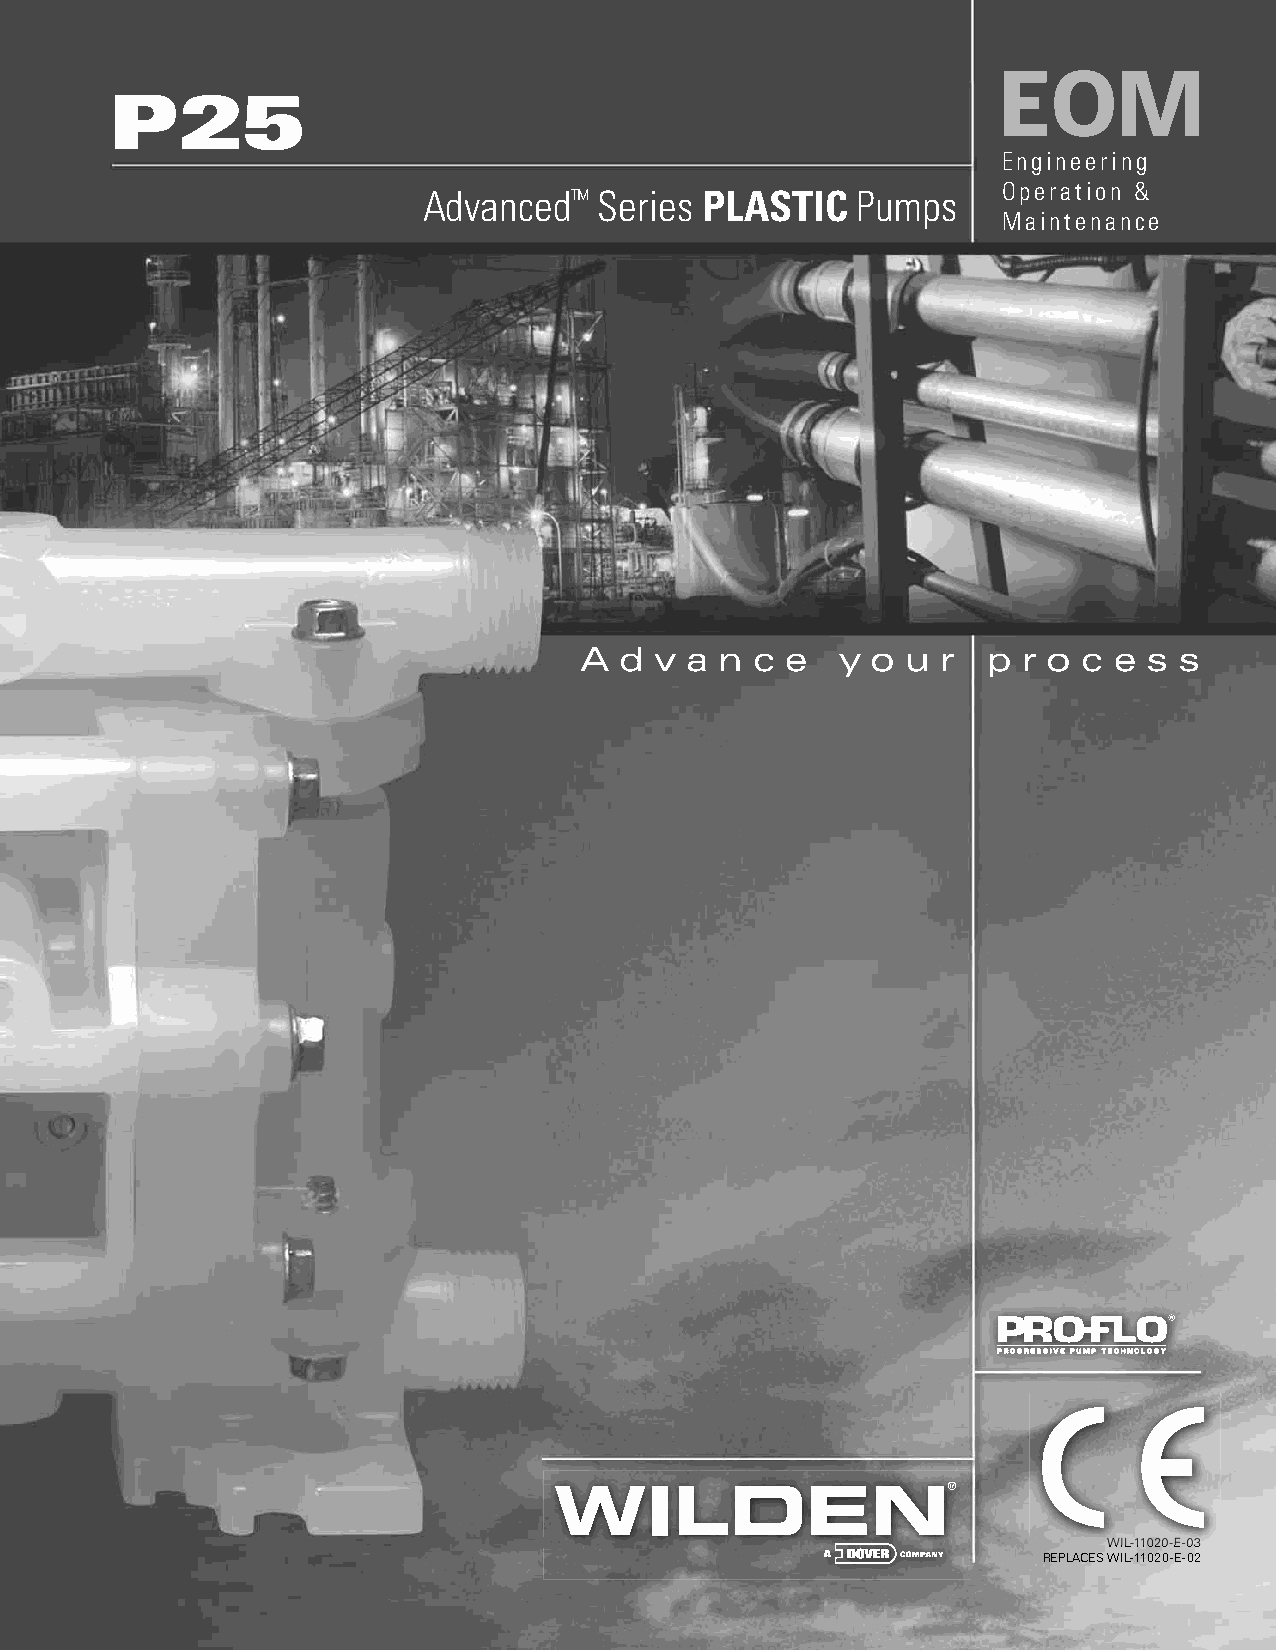
EOM
 P25
 Engineering
 Operation &
 Advanced™   Series PLASTIC   Pumps
 Maintenance
 A  d v a  n c e   y o u r  p  r o c e s s
 WIL-11020-E-03
 REPLACES WIL-11020-E-02